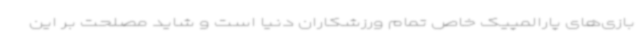
بازی‌های پارالمپیک خاص تمام ورزشکاران دنیا است و شاید مصلحت بر این